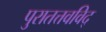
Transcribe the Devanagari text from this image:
पुरातत्तवविद्